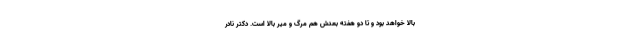
بالا خواهد بود و تا دو هفته بعدش هم مرگ و میر بالا است. دکتر نادر